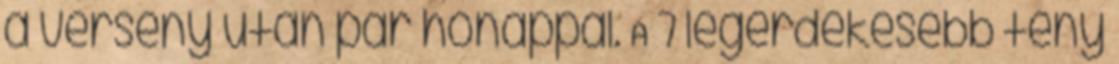
a verseny után pár hónappal. A 7 legérdekesebb tény